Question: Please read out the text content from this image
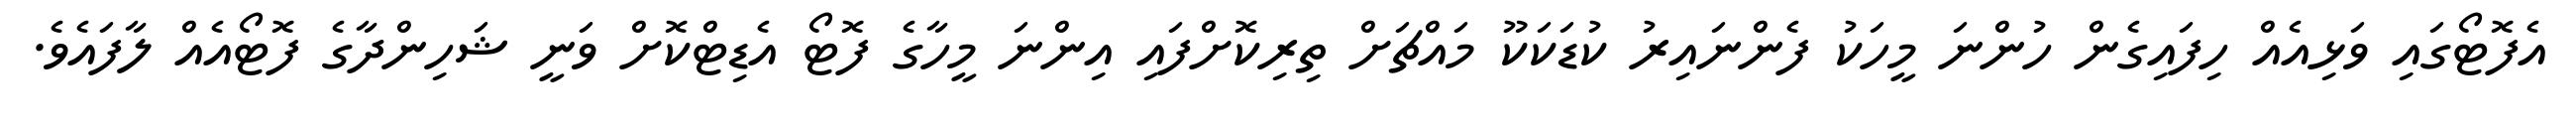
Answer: އެފޮޓޯގައި ވަޅިއެއް ހިފައިގެން ހުންނަ މީހަކު ފެންނައިރު ކުޑަކަކޫ މައްޗަށް ތިރިކޮށްފައި އިންނަ މީހާގެ ފޮޓޯ އެޑިޓްކޮށް ވަނީ ޝަހިންދާގެ ފޮޓޯއެއް ލާފައެވެ.